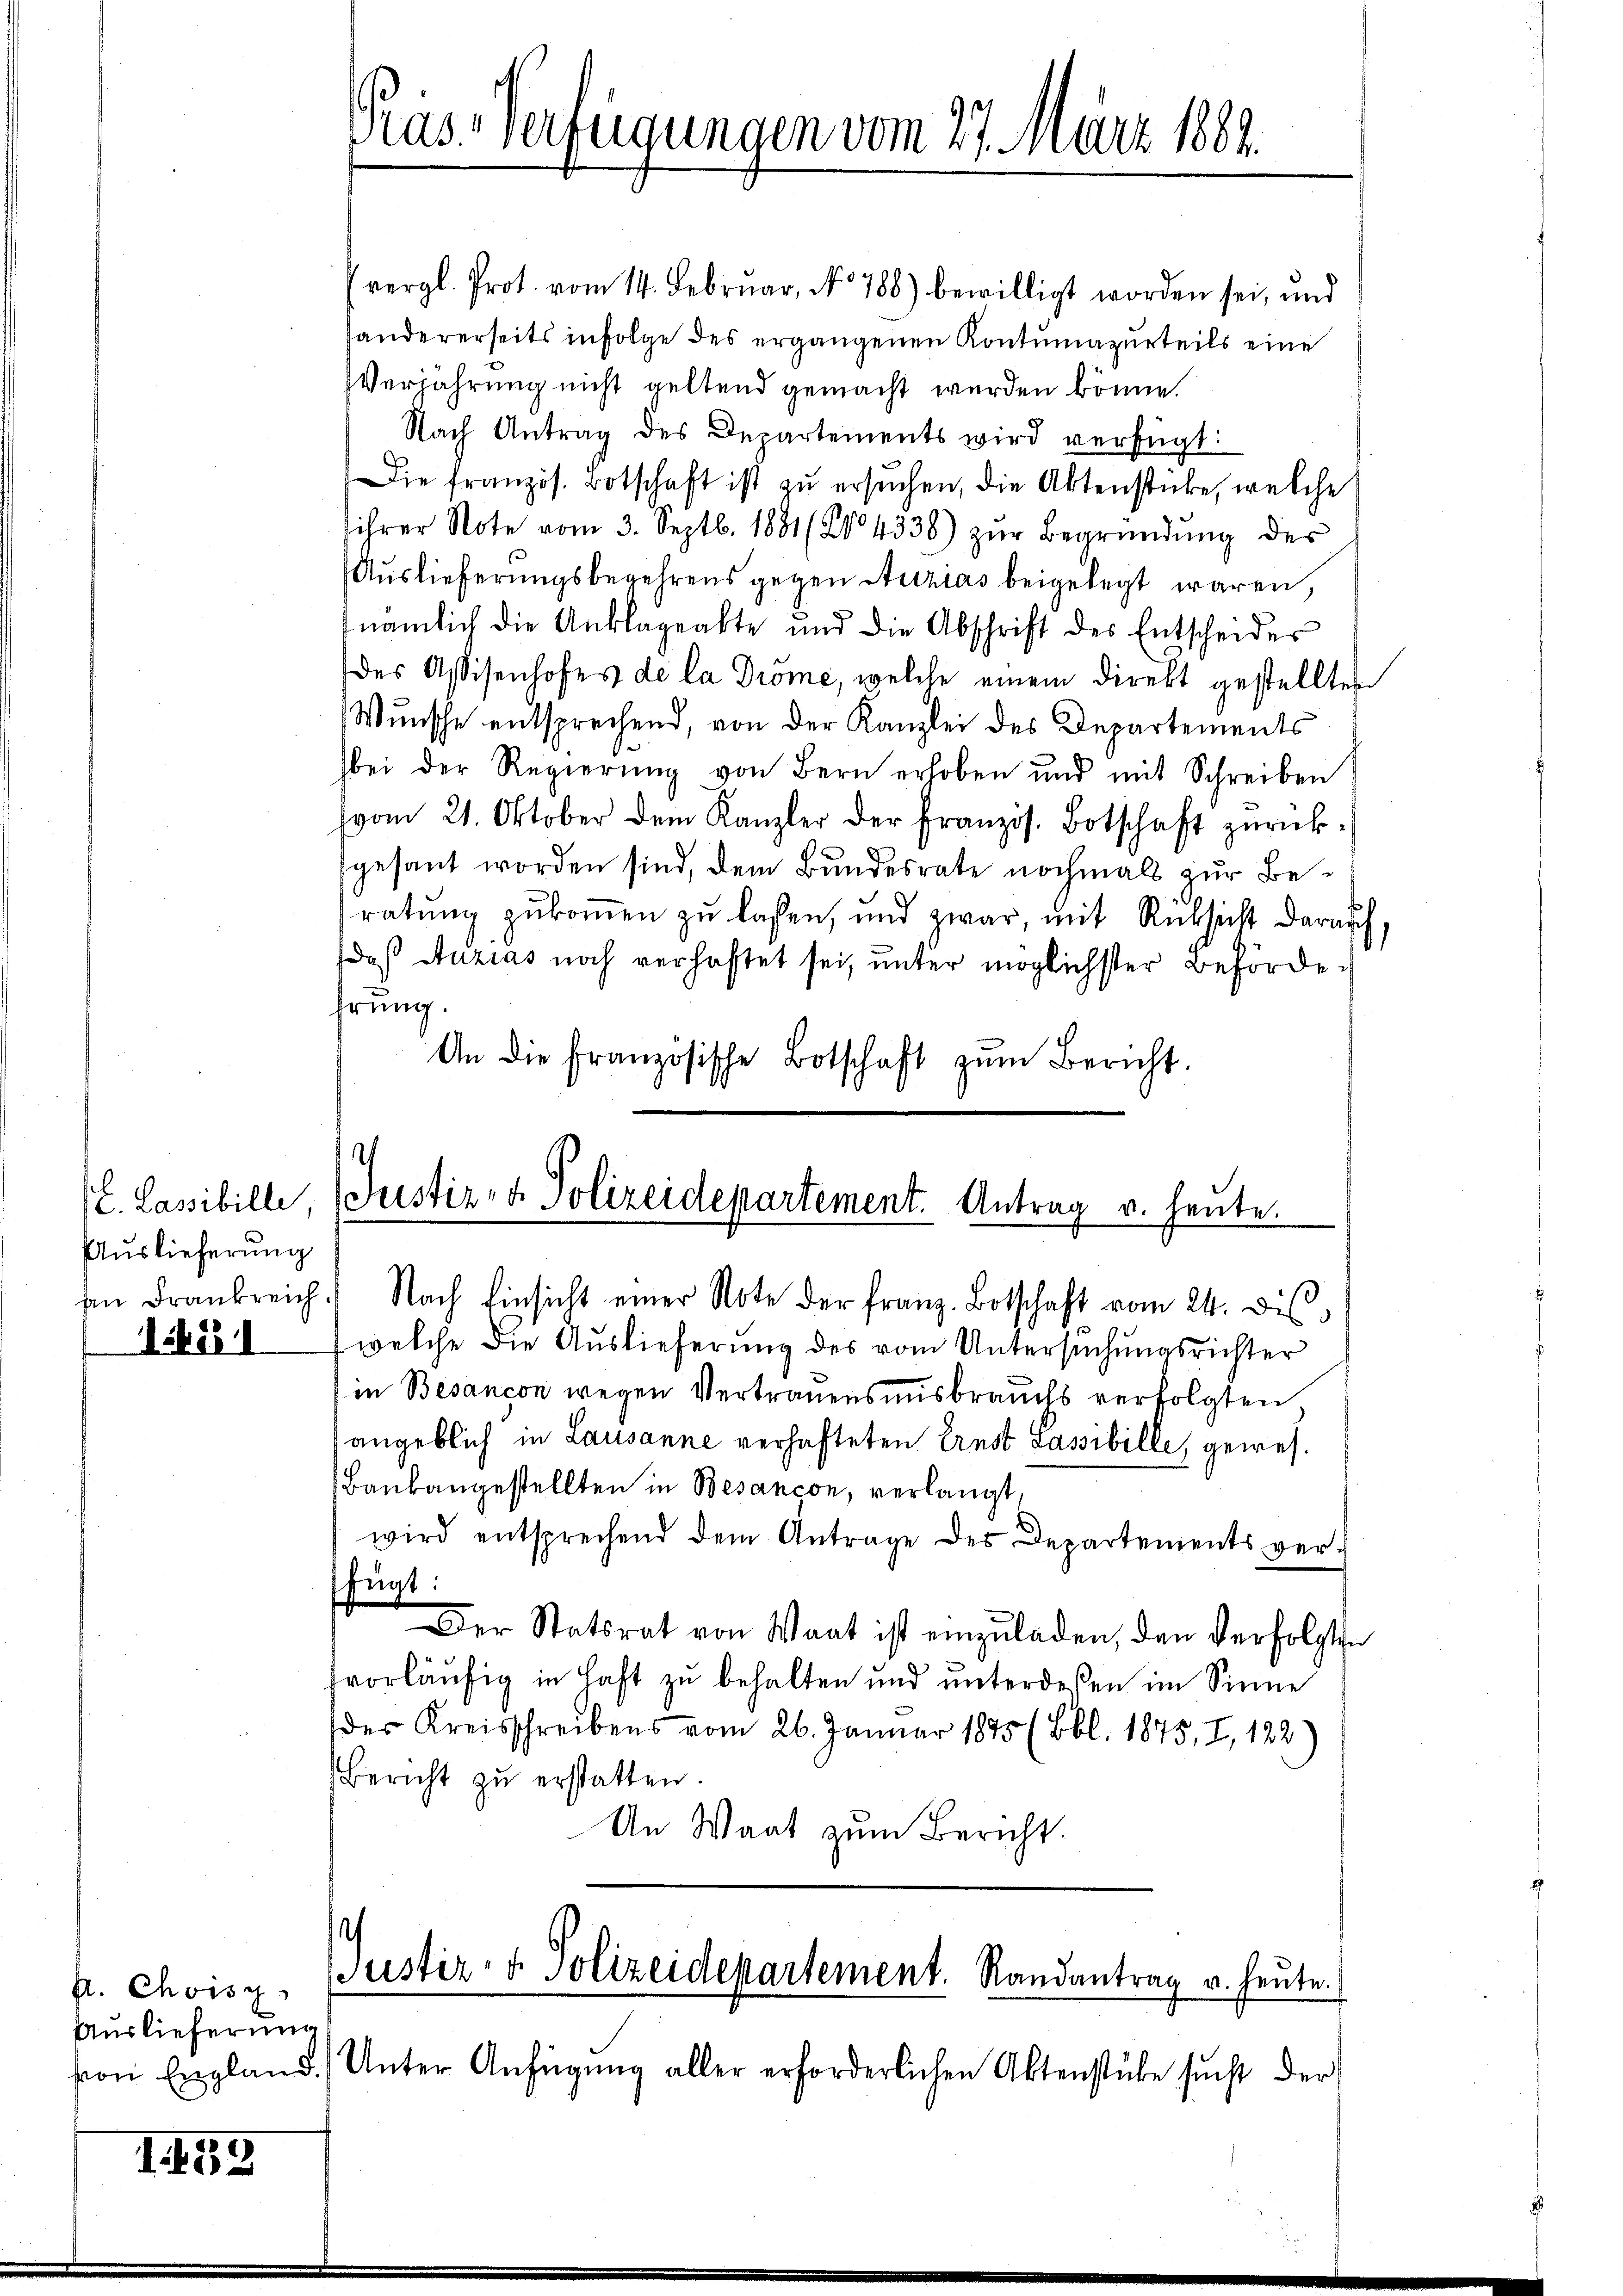
Auslieferung

i4511

A. Choisz
Auslieferung

II59

vergl. Prot. vom 14. Februar, No 788) bewilligt worden sei, und
handererseits infolge des ergangenen Kontumazurteils eine
Verjährung nicht geltend gemacht werden könne.
Nach Antrag des Departements wird verfügt:
Die französ. Botschaft ist zu ersuchen, die Aktenstücke, welche
ihrer Note vom 3. Septb. 1881 (2. 4338) zŭr Begründŭng des
Auslieferungsbegehrens gegen Stutzias beigelegt waren,
nämlich die Anklageakte und die Abschrift des Entscheides
des Assisenhofes de la Dröme, welche einem direkt gestellten
Wunsche entsprechend, von der Kanzlei des Departements
bei der Regierŭng von Bern erhoben und mit Schreiben
(vom 21. Oktober dem Kanzler der Französ. Botschaft zŭrückgesant worden sind, dem Bundesrate nochmals zur Beratŭng zŭkoṁen zŭ lassen, und zwar, mit Rücksicht darauf
daß Auzias noch verhaftet sei, unter möglichster Behördehrung.
An die französische Botschaft zŭm Bericht.

Pras-Verfügungen vom 27. März 1889.

h
(L. Lassibille, (Justiz- & Polizeidepartement. Antrag v. heute.

hen Frankreich. Nach Einsicht einer Note der Franz. Botschaft vom 24. dis
welche die Auslieferung des vom Untersuchungsrichter
in Besançon wegen Vertrauensausbrauchs verfolgten
angeblich in Lausanne verhafteten Ernst Sassibille, gewes¬
Baubaugestellten in Besançon, verlangt,
wird entsprechend dem Antrage des Departements ver-
fügt:
Der Statsrat von Waat ist einzŭladen, den Verfolgten
vorläufig in Haft zu behalten und unterdeßen im Sinne
des Kreisschreibens vom 26. Januar 1875 (Bbl. 1875, I, 122)
Bericht zŭ erstatten.
An Waat zum Bericht
Justiz- & Polizeidepartement. Randantrag u. heute.
von England. Unter Anfügŭng aller erforderlichen Aktenstüke sŭcht der